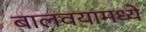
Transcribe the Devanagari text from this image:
बालवयामध्ये